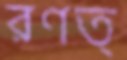
রণত্